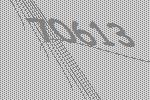
70613